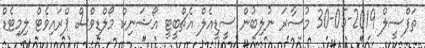
ތަފްސީލް 2019-05-30 މުސާރަ ނުލިބުން ސީޑީއެލް އެޗްބީޓީ އޯޝަނިކް މޯލްޑިވްސް ޕްރައިވެޓް ލިމިޓެޑް